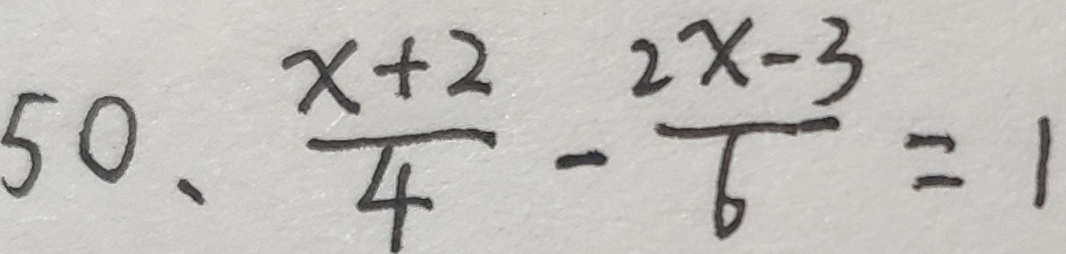
5 0 、 \frac { x + 2 } { 4 } - \frac { 2 x - 3 } { 6 } = 1